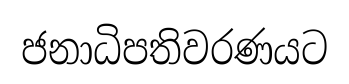
ජනාධිපතිවරණයට